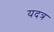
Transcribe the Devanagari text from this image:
यदत्र